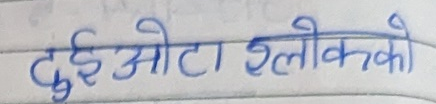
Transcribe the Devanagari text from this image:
दुई ओटा श्लोकको